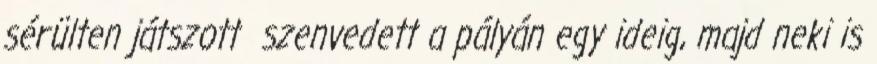
sérülten játszott szenvedett a pályán egy ideig, majd neki is